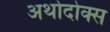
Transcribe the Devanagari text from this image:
अर्थोदोक्स